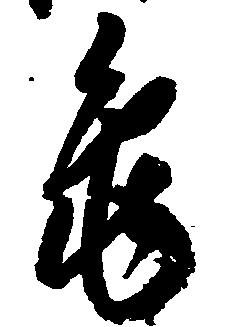
亀